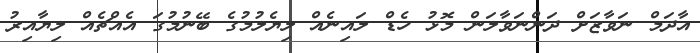
އާދަމް ނަވާޒަށް ދަންނަވާލަން މޮޅު ހެޑް ލައިނެއް ލިޔެލުމުގެ ބޭނުމުގަ އެއްޗެއް ލިޔާއިރު